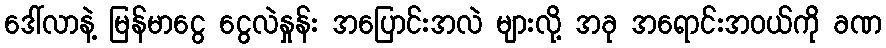
ဒေါ်လာနဲ့ မြန်မာငွေ ငွေလဲနှုန်း အပြောင်းအလဲ များလို့ အခု အရောင်းအဝယ်ကို ခဏ